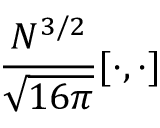
\frac { N ^ { 3 / 2 } } { \sqrt { 1 6 \pi } } [ \cdot , \cdot ]